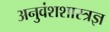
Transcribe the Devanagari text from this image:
अनुवंशशास्त्रज्ञ